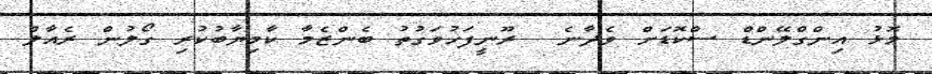
މޮޅު އިންގްލޭންޑް ސްކޮޑަށް ވެދާނެ  ރޫނީފަހުވަގުތު ބެންޒެމާ ކާމިޔާބުކުރި ގޯލުން ރެއާލް